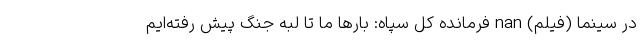
در سینما (فیلم) nan فرمانده کل سپاه: بارها ما تا لبه جنگ پیش رفته‌ایم